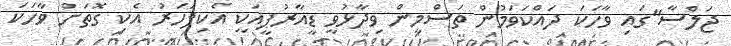
ޖަލްސާ"ގައި ވާހަކަ ދައްކަވަމުން ތަސްމީން ވިދާޅުވީ ޑީއާރުޕީއަކީ އެކިފަހަރު އެކި ގޮތަށް ވާހަކަ